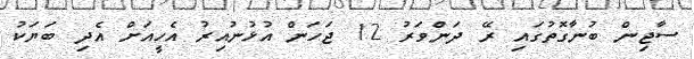
ސާޖިން ބުނާގޮތުގައި ރޭ ދަންވަރު 12 ޖަހަން އުޅުނުއިރު އެހީއަށް އެދި ބަޔަކު